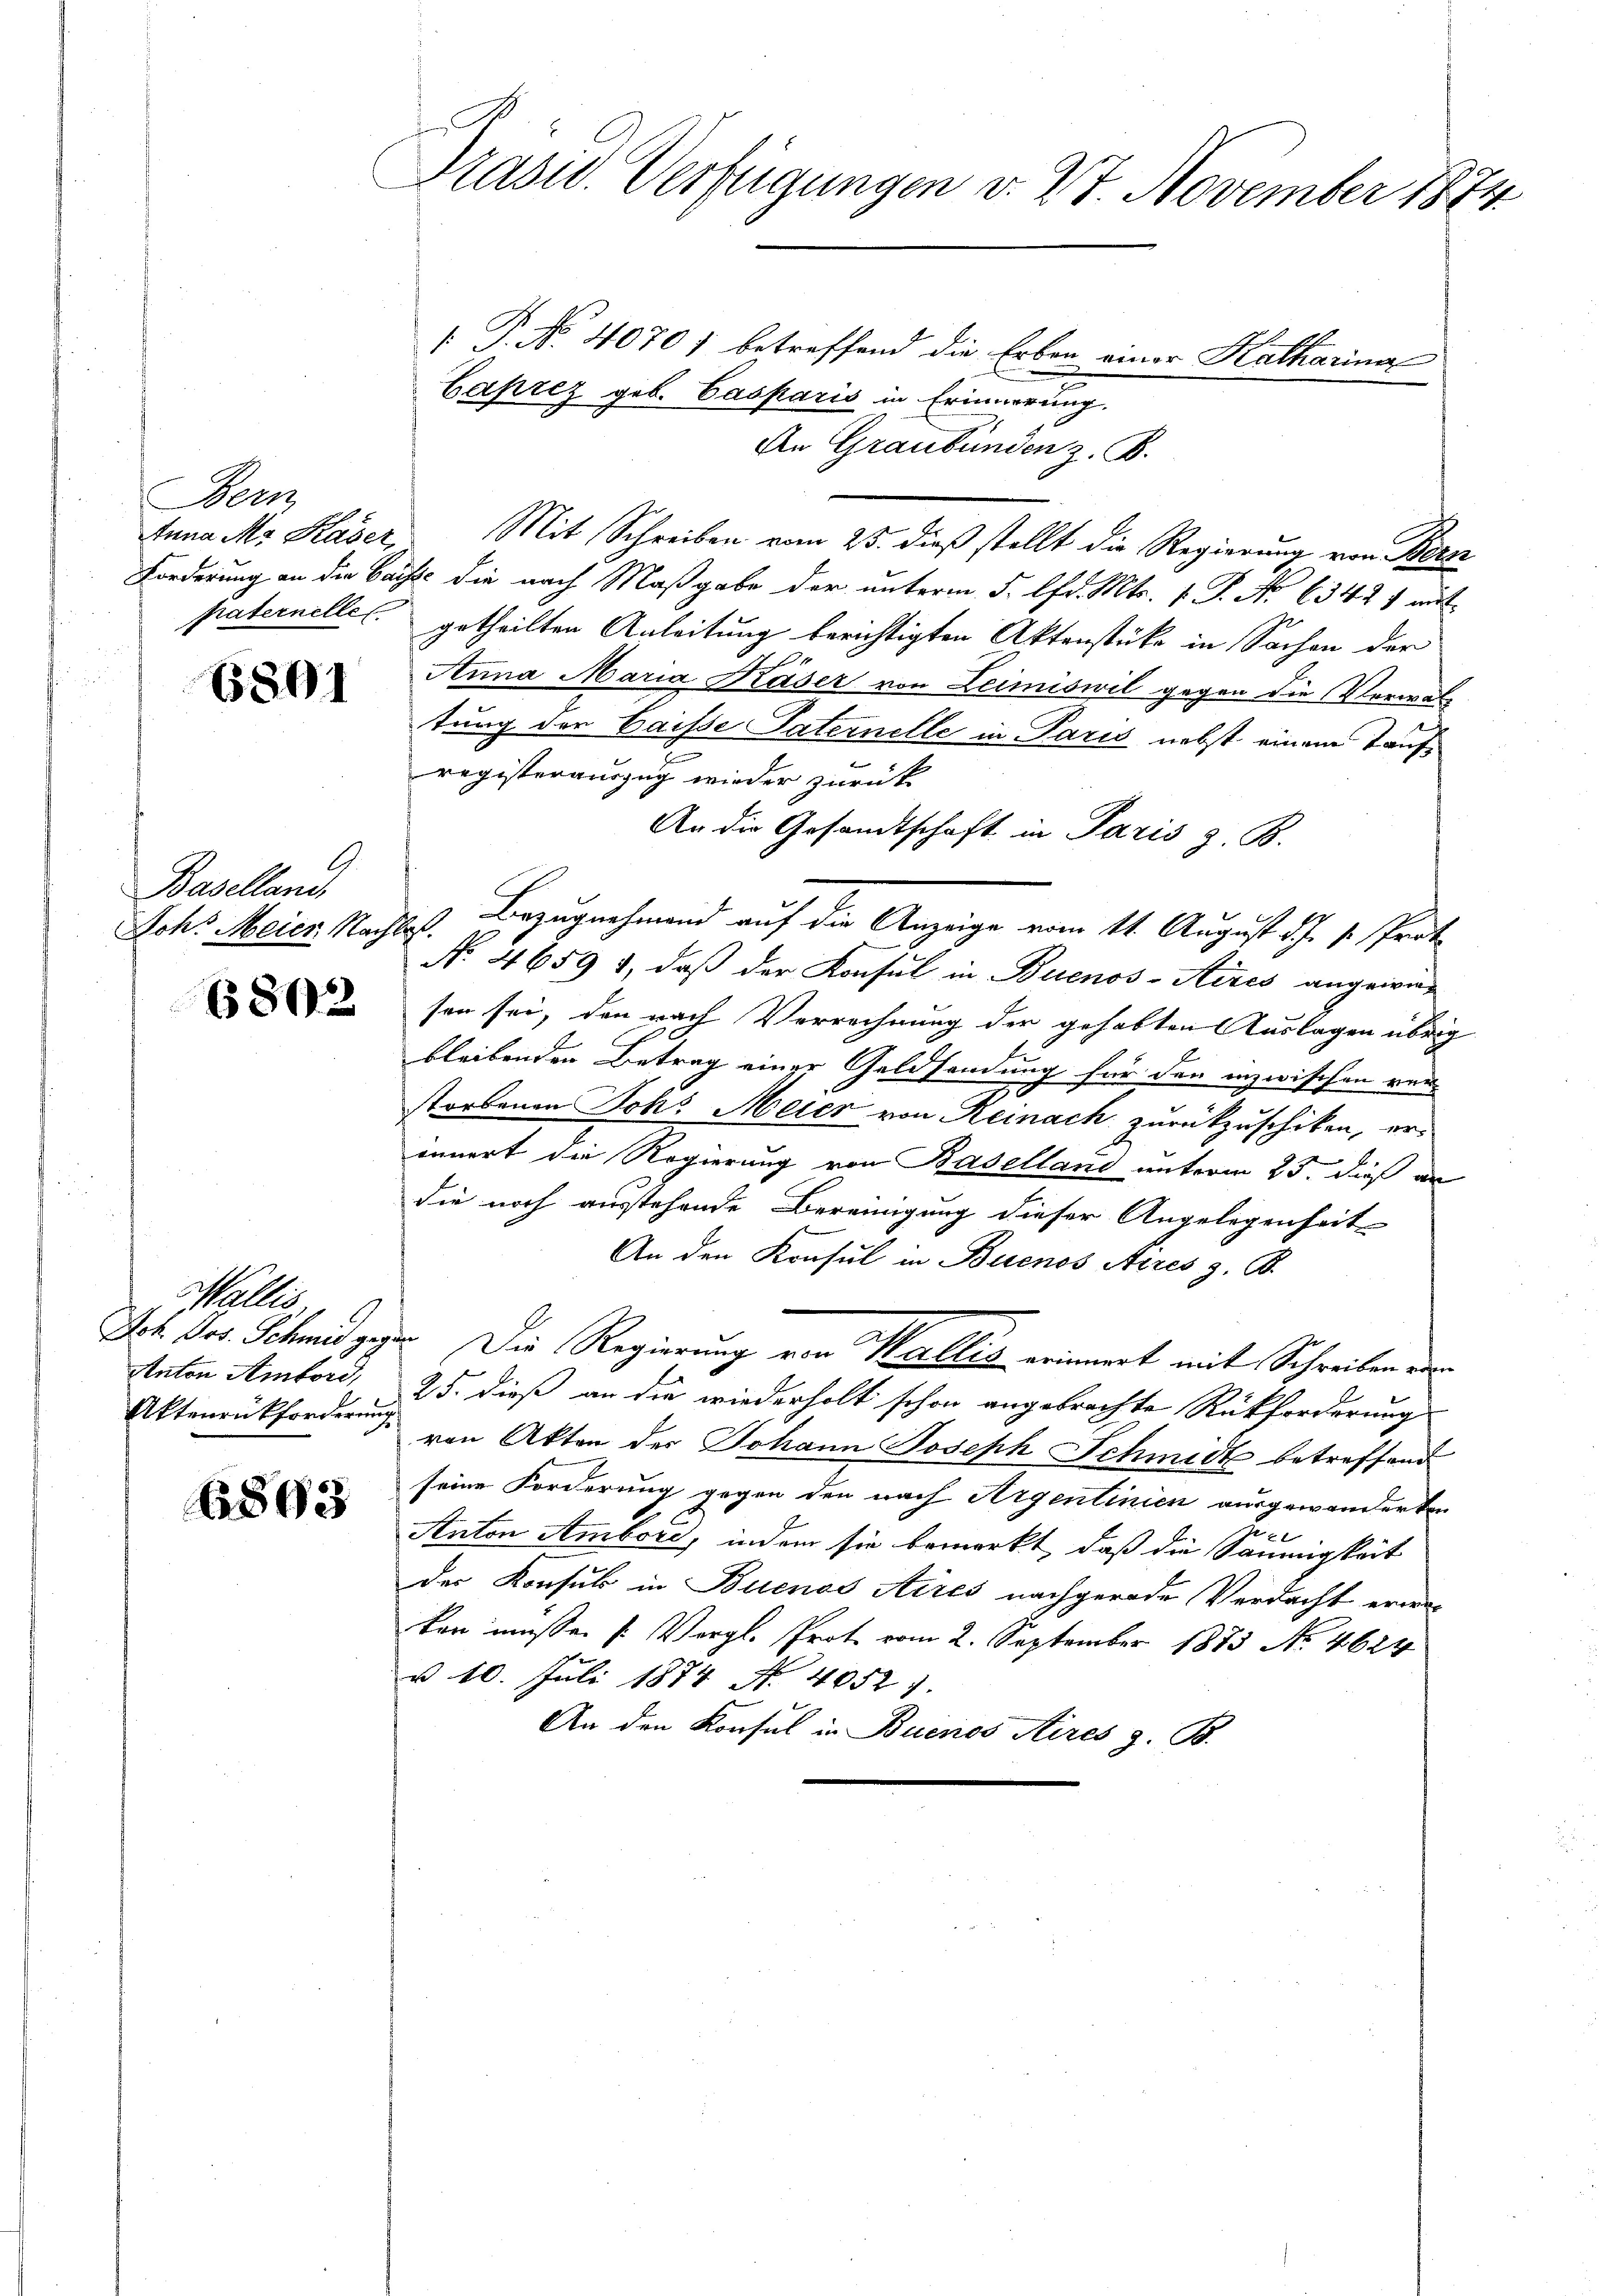
Bern

6801

9.
Baselland,

6802

[ P. No. 4070) betreffend die Erben einer Katharina
Caprez geb. Casparis in Erinnerung.
An Graubünden z. B.
Anna M. Kaser, Mit Schreiben vom 25. dieß stellt die Regierung von Bern
Forderung an die Casse die nach Maßgabe der unterm 5. lfd. Mts. 1. P. No 63427 mit
paternelles getheilten Anleitung berichtigten Aktenstücke in Sachen der
Anna Maria Kaser von Leimiswil gegen die Verwaltung der Caisse Paternelle in Paris nebst einem Taufregisterauszug wieder zurück
An die Gesandtschaft in Paris z. B.
Joh. Meier Nachbes. Bezugnehmend auf die Anzeige vom 14. August d. J. v. Prot
No 4659 1, daß der Konsul in Buenos-Aires angewie-
sen sei, den nach Verrechnung der gehabten Auslagen übrig
bleibenden Betrag einer Geldsendung für den inzwischen verstorbenen Joh. Meier von Reinach zurückzuschiken, erinnert die Regierung von Baselland unterm 25. dieß an
die noch ausstehende Bereinigung dieser Angelegenheit
An den Konsul in Buenos Aires z. B.
Ich vor. Schmid gegen. Die Regierung von Wallis erinnert mit Schreiben de
25. dieß an die wiederholt schon angebrachte Rückforderung
von Akten des Johann Joseph Schmidt betreffend
seine Forderung gegen den nach Argentinien ausgewanderten
Gere
Anton Ambord, indem sie bemerkt, daß die Säumigkeit
der Konsul in Buenos Aires nachgerade Verdacht erwa
kan müssen (: Vergl. Prote vom 2. September 1883 No. 4624
v 10. Juli 1874 N. 40521.
An den Konsul in Buenos Aires z. B.

Wallis,
Anton Anford,
Aktenrückforderung

6803

Präsid. Verfügungen v. 27. November 1874